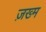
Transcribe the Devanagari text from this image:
ज़ख्‍म